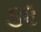
૩૨